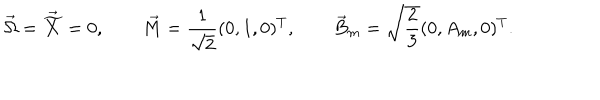
LaTeX: \vec { \Omega } = \vec { \widetilde { X } } = 0 , \qquad \vec { M } = \frac { 1 } { \sqrt { 2 } } ( 0 , 1 , 0 ) ^ { T } , \qquad \vec { B } _ { m } = \sqrt { \frac { 2 } { 3 } } ( 0 , A _ { m } , 0 ) ^ { T } .